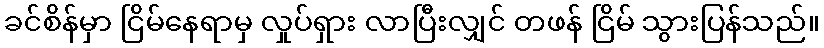
ခင်စိန်မှာ ငြိမ်နေရာမှ လှုပ်ရှား လာပြီးလျှင် တဖန် ငြိမ် သွားပြန်သည်။